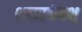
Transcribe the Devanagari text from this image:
शकरकंदश्